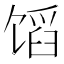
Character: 𬳊